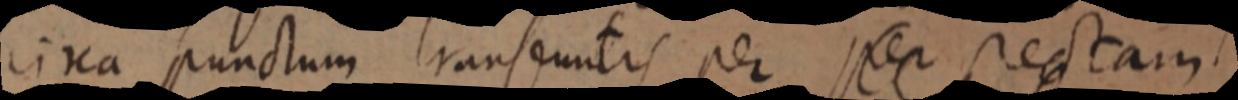
circa punctum transfuntis per per rectam